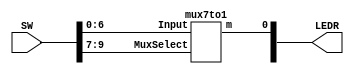
`timescale 1ns / 1ns

module mux(SW, LEDR);
	input [9:0] SW;
	output [1:0] LEDR;
	
	mux7to1 m0(
		.Input(SW[6:0]),
		.MuxSelect(SW[9:7]),
		.m(LEDR[0])
	);
endmodule

module mux7to1(Input, MuxSelect, m);
	input [6:0] Input;
	input [2:0] MuxSelect;
	output m;
	reg m;
	
	always @(*)
	begin
		case(MuxSelect)
			3'b000: m = Input[0];
			3'b001: m = Input[1];
			3'b010: m = Input[2];
			3'b011: m = Input[3];
			3'b100: m = Input[4];
			3'b101: m = Input[5];
			3'b110: m = Input[6];
			default: m = 1'b0;
		endcase
	end
endmodule